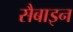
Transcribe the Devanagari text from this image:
सैबाइन